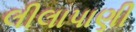
લીલાપાણી